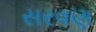
સરવણ